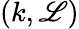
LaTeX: (k,\mathscr{L})